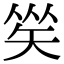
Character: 𥏀